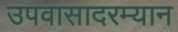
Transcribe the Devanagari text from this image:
उपवासादरम्यान